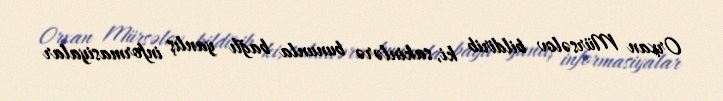
Orxan Mürsəlov bildirib ki, sakinlərə bununla bağlı yanlış informasiyalar